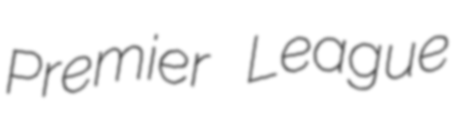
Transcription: Premier League